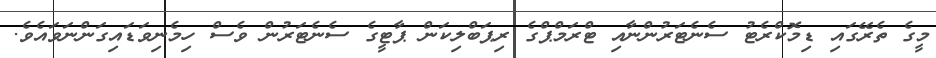
މީގެ ތެރޭގައި ޑިމޮކްރެޓު ސެނެޓަރުންނާއި ޓްރަމްޕްގެ ރިޕަބްލިކަން ޕާޓީގެ ސެނެޓަރުން ވެސް ހިމެނިވަޑައިގަންނަވައެވެ.